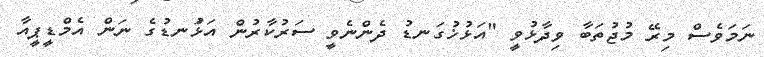
ނަމަވެސް މިރޭ މުޖުތަބާ ވިދާޅުވީ "އަޅުޚުގަނޑު ދެންނެވީ ސަރުކާރުން އަޅުަނޑުގެ ނަން އެމްޑީޕީއާ